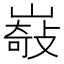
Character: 𡼋